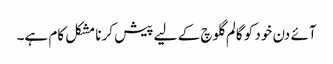
آئے دن خود کو گالم گلوچ کے لیے پیش کرنا مشکل کام ہے۔